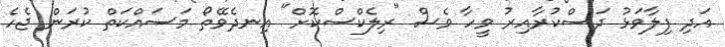
އަދި ފިލާވަޅު ދަސްކުރާއިރު ވީހާ ވެސް "ރިލެކްސްކޮށް" އިނދެވޭތޯ މަސައްކަތް ކުރަން ޖެހެ